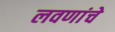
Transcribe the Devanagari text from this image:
लवणांचे